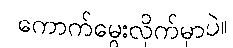
ကောက်မွေးလိုက်မှာပဲ။